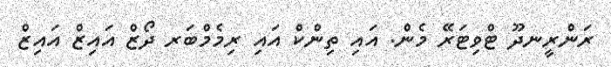
ރަންރީނދޫ ޓްވިޓަރޭ މެން. އައި ތިންކް އައި ރިމެމްބަރ ދޯޒް އައިޒް އައިޒް